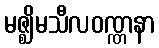
မဇ္ဈိမသီလဝဏ္ဏနာ